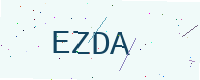
Text: EZDA